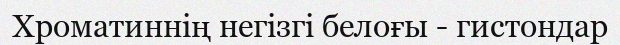
Хроматиннің негізгі белоғы - гистондар